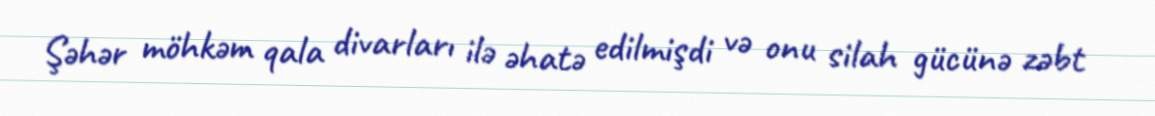
Şəhər möhkəm qala divarları ilə əhatə edilmişdi və onu silah gücünə zəbt